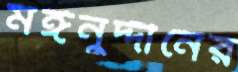
মঈনুদ্দীনের